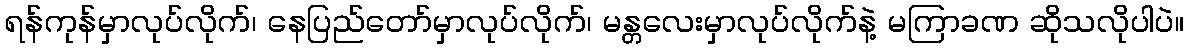
ရန်ကုန်မှာလုပ်လိုက်၊ နေပြည်တော်မှာလုပ်လိုက်၊ မန္တလေးမှာလုပ်လိုက်နဲ့ မကြာခဏ ဆိုသလိုပါပဲ။